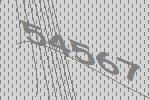
54567